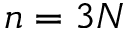
n = 3 N